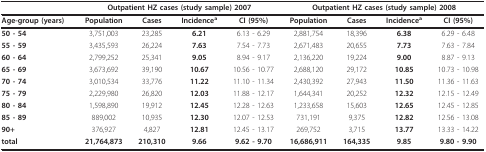
<table><thead><tr><td></td><td colspan="4"><b>Outpatient HZ cases (study sample) 2007</b></td><td colspan="4"><b>Outpatient HZ cases (study sample) 2008</b></td></tr></thead><tbody><tr><td><b>Age-group (years)</b></td><td><b>Population</b></td><td><b>Cases</b></td><td><b>Incidence<sup>a</sup></b></td><td><b>CI (95%)</b></td><td><b>Population</b></td><td><b>Cases</b></td><td><b>Incidence<sup>a</sup></b></td><td><b>CI (95%)</b></td></tr><tr><td><b>50 - 54</b></td><td>3,751,003</td><td>23,285</td><td><b>6.21</b></td><td>6.13 - 6.29</td><td>2,881,754</td><td>18,396</td><td><b>6.38</b></td><td>6.29 - 6.48</td></tr><tr><td><b>55 - 59</b></td><td>3,435,593</td><td>26,224</td><td><b>7.63</b></td><td>7.54 - 7.73</td><td>2,671,483</td><td>20,655</td><td><b>7.73</b></td><td>7.63 - 7.84</td></tr><tr><td><b>60 - 64</b></td><td>2,799,252</td><td>25,341</td><td><b>9.05</b></td><td>8.94 - 9.17</td><td>2,136,220</td><td>19,224</td><td><b>9.00</b></td><td>8.87 - 9.13</td></tr><tr><td><b>65 - 69</b></td><td>3,673,692</td><td>39,190</td><td><b>10.67</b></td><td>10.56 - 10.77</td><td>2,688,120</td><td>29,172</td><td><b>10.85</b></td><td>10.73 - 10.98</td></tr><tr><td><b>70 - 74</b></td><td>3,010,534</td><td>33,776</td><td><b>11.22</b></td><td>11.10 - 11.34</td><td>2,430,392</td><td>27,943</td><td><b>11.50</b></td><td>11.36 - 11.63</td></tr><tr><td><b>75 - 79</b></td><td>2,229,980</td><td>26,820</td><td><b>12.03</b></td><td>11.88 - 12.17</td><td>1,644,341</td><td>20,252</td><td><b>12.32</b></td><td>12.15 - 12.49</td></tr><tr><td><b>80 - 84</b></td><td>1,598,890</td><td>19,912</td><td><b>12.45</b></td><td>12.28 - 12.63</td><td>1,233,658</td><td>15,603</td><td><b>12.65</b></td><td>12.45 - 12.85</td></tr><tr><td><b>85 - 89</b></td><td>889,002</td><td>10,935</td><td><b>12.30</b></td><td>12.07 - 12.53</td><td>731,191</td><td>9,375</td><td><b>12.82</b></td><td>12.56 - 13.08</td></tr><tr><td><b>90+</b></td><td>376,927</td><td>4,827</td><td><b>12.81</b></td><td>12.45 - 13.17</td><td>269,752</td><td>3,715</td><td><b>13.77</b></td><td>13.33 - 14.22</td></tr><tr><td><b>total</b></td><td><b>21,764,873</b></td><td><b>210,310</b></td><td><b>9.66</b></td><td><b>9.62 - 9.70</b></td><td><b>16,686,911</b></td><td><b>164,335</b></td><td><b>9.85</b></td><td><b>9.80 - 9.90</b></td></tr></tbody></table>